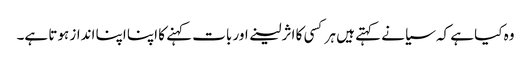
وہ کیا ہے کہ سیانے کہتے ہیں ہر کسی کا اثر لینے اور بات کہنے کا اپنا اپنا انداز ہوتا ہے۔